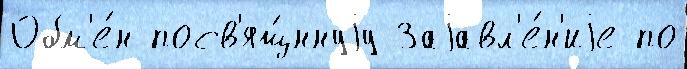
Обм'е́н посв'ящ́ннуjу Заjавл'е́н'иjе по